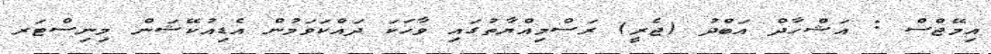
އިމޭޖްސް : އަޝްހާދް އަބްދު (ޖެރީ) ރަސްމިއްޔާތުގައި ވާހަކަ ދައްކަވަމުން އެޑިއުކޭޝަން މިނިސްޓަރ